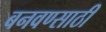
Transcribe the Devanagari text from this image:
बनवण्साठी